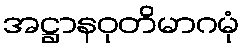
အဋ္ဌာနဝုတိမာဂမုံ